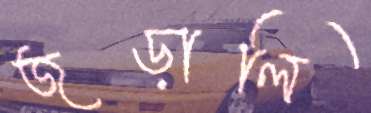
জড়ালি